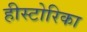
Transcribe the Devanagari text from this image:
हीस्टोरिका